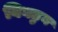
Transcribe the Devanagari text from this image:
बिघडुन